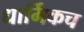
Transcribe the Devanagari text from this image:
धार्मिकच